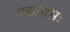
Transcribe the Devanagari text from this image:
पद्मनाभः